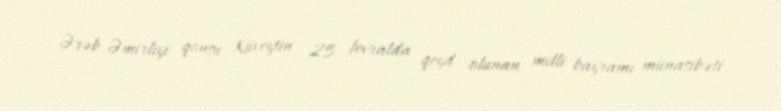
Ərəb Əmirliyi qonşu Küveytin 25 fevralda qeyd olunan milli bayramı münasibəti